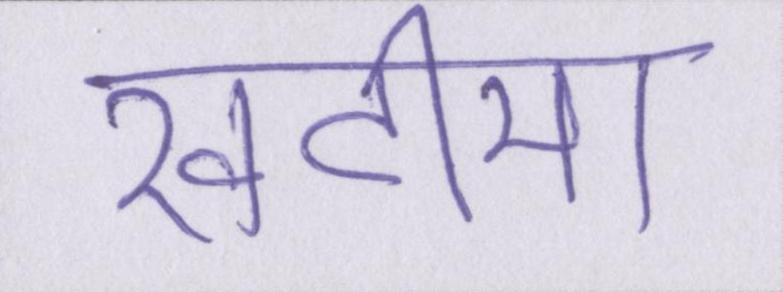
खटीमा